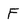
Character: F